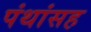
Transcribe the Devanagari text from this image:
पंथांसह